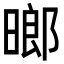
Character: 𬁈